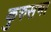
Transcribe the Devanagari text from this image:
कुरुसभा